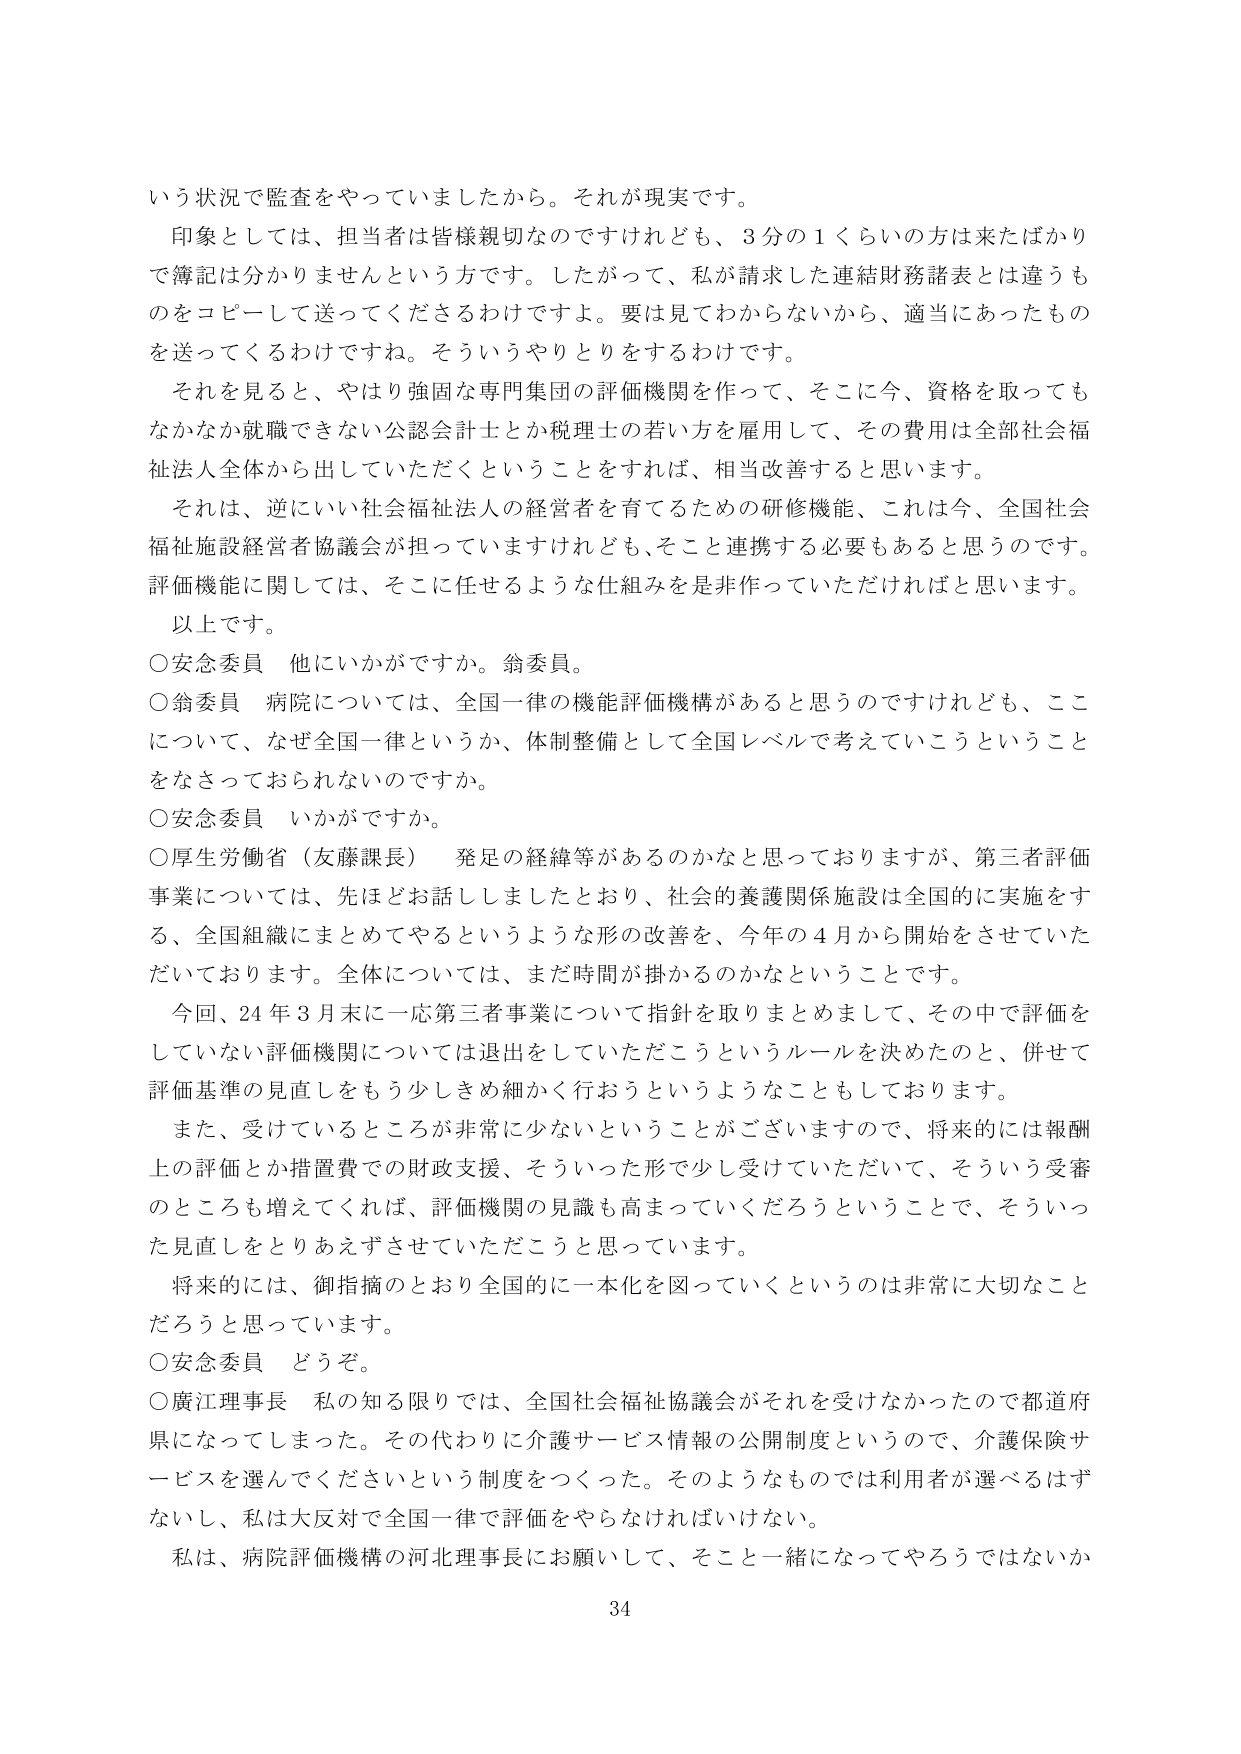
いう状況で監査をやっていましたから。それが現実です。
印象としては、担当者は皆様親切なのですけれども、3分の1くらいの方は来たばかりで簿記は分かりませんという方です。したがって、私が請求した連結財務諸表とは違うものをコピーして送ってくださるわけですよ。要は見てわからないから、適当にあったものを送ってくるわけです。そういうやりとりをするわけです。
それを見ると、やはり強固な専門集団の評価機関を作って、そこに今、資格を取ってもなかなか就職できない公認会計士とか税理士の若い方を雇用して、その費用は全部社会福祉法人全体から出していただくということをすれば、相当改善すると思います。
それは、逆にいい社会福祉法人の経営者を育てるための研修機能、これは今、全国社会福祉施設経営者協議会が担っていますけれども、そこと連携する必要もあると思うのです。評価機能に関しては、そこに任せるような仕組みを是非作っていただければと思います。
以上です。
○安念委員 他にいかがですか。翁委員。
○翁委員 病院については、全国一律の機能評価機構があると思うのですけれども、ここについて、なぜ全国一律というか、体制整備として全国レベルで考えていこうということをなさっておられないのですか。
○安念委員 いかがですか。
○厚生労働省（友藤課長） 発足の経緯等があるのかなと思っておりますが、第三者評価事業については、先ほどお話しましたとおり、社会的養護関係施設は全国的に実施をする、全国組織にまとめてやるというような形の改善を、今年の4月から開始をさせていただいております。全体については、まだ時間が掛かるのかなということです。
今回、24年3月末に一応第三者事業について指針を取りまとめまして、その中で評価をしていない評価機関については退出をしていただくというルールを決めたのと、併せて評価基準の見直しをもう少しきめ細かく行おうというようなこともしております。
また、受けているところが非常に少ないということがございますので、将来的には報酬上の評価とか措置費での財政支援、そういった形で少し受けていただいて、そういう受審のところも増えてくれば、評価機関の見識も高まっていくだろうということで、そういった見直しをとりあえずさせていただこうと思っています。
将来的には、御指摘のとおり全国的に一本化を図っていくというのは非常に大切なことだろうと思っています。
○安念委員 どうぞ。
○廣江理事長 私の知る限りでは、全国社会福祉協議会がそれを受けなかったので都道府県になってしまった。その代わりに介護サービス情報の公開制度というので、介護保険サービスを選んでくださいという制度をつくった。そのようなものでは利用者が選べるはずないし、私は大反対で全国一律で評価をやらなければならない。
私は、病院評価機構の河北理事長にお願いして、そこと一緒になってやろうではないか
34